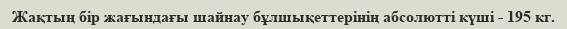
Жақтың бір жағындағы шайнау бұлшықеттерінің абсолютті күші - 195 кг.